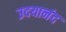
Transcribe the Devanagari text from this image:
उदयानंद